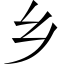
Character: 乡